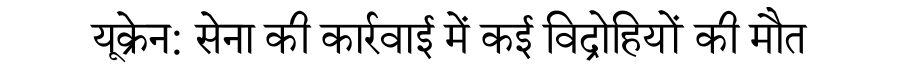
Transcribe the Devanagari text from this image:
यूक्रेन: सेना की कार्रवाई में कई विद्रोहियों की मौत